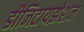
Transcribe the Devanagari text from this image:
डीजिटायझेशन